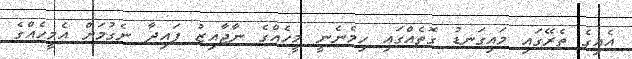
އެއިގެ ތެރޭގައި މައިގަނޑު ގޮތެއްގައި ހިމެނެނީ މީހެއްގެ ނާޖާއިޒު ފައިދާ ނެގުމަށް އެމީހެއްގެ